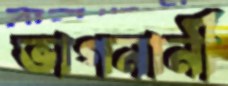
ভাগনানী